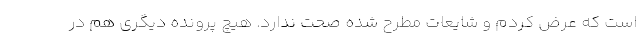
است که عرض کردم و شایعات مطرح شده صحت ندارد. هیچ پرونده دیگری هم در